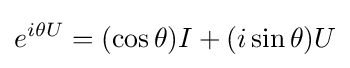
e^{i\theta U}=(\cos \theta )I+(i\sin \theta )U